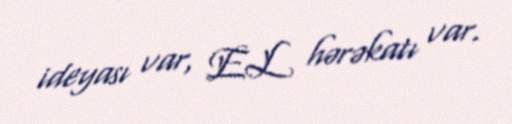
ideyası var, EL hərəkatı var.